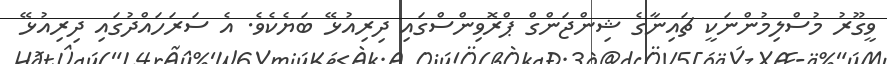
ވީގޫރު މުސްލިމުންނަކީ ޗައިނާގެ ޝިންޖަންގް ޕްރޮވިންސްގައި ދިރިއުޅޭ ބަޔެކެވެ. އެ ސަރަހައްދުގައި ދިރިއުޅޭ